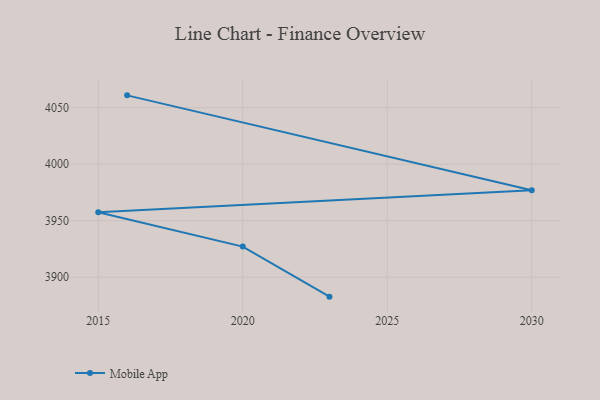
{"axis": {"x": "Year", "y": "Shipments"}, "legend": ["Mobile App"], "data": [{"x": "2023", "y": 3882.8, "type": "Mobile App"}, {"x": "2020", "y": 3927.1, "type": "Mobile App"}, {"x": "2015", "y": 3957.4, "type": "Mobile App"}, {"x": "2030", "y": 3977.0, "type": "Mobile App"}, {"x": "2016", "y": 4060.9, "type": "Mobile App"}]}